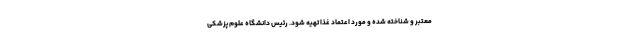
معتبر و شناخته شده و مورد اعتماد غذا تهیه شود. رئیس دانشگاه علوم پزشکی